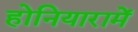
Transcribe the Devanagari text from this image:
होनियारामें